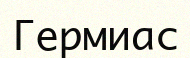
Гермиас